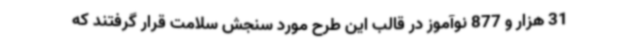
31 هزار و 877 نوآموز در قالب این طرح مورد سنجش سلامت قرار گرفتند که